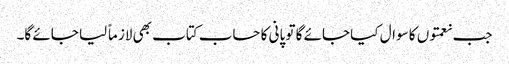
جب نعمتوں کا سوال کیا جائے گا تو پانی کا حساب کتاب بھی لازماً لیا جائے گا۔